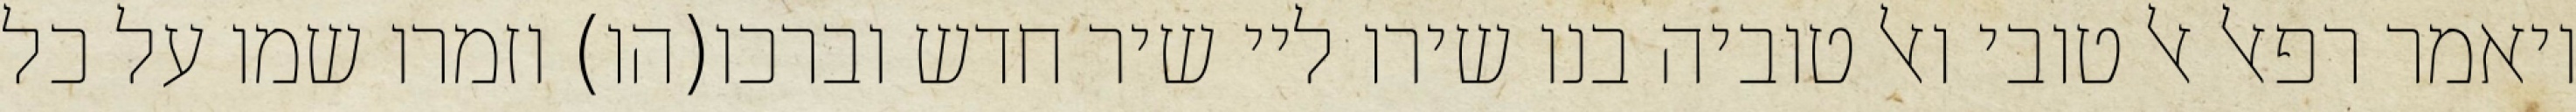
ויאמר רפאל אל טובי ואל טוביה בנו שירו ליי שיר חדש וברכו(הו) וזמרו שמו על כל